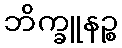
ဘိက္ခူနဉ္စ